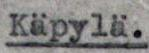
Käpylä.